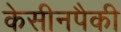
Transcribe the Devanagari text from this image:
केसीनपैकी